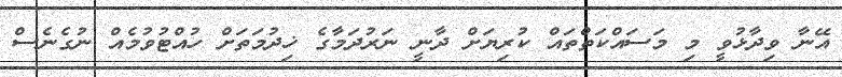
އޭނާ ވިދާޅުވީ މި މަސައްކަތްތައް ކުރިޔަށް ދާނީ ނަރުދަމާގެ ޚިދުމަތަށް ހުއްޓުވުމެއް ނުގެނެސް